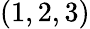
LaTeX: (1,2,3)